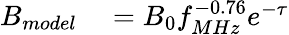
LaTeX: \begin{array}{rl}{B_{model}}&{{}=B_{0}f_{MHz}^{-0.76}e^{-\tau}}\end{array}